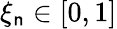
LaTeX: \xi_{\mathsf{n}}\in[0,1]